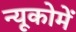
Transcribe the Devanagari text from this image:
न्यूकोमें